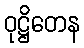
ဝုဋ္ဌိတေန